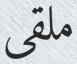
ملقى